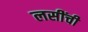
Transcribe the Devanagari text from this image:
लसींची